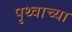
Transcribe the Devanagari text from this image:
पृथ्वाच्या